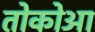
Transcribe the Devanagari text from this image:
तोकोआ